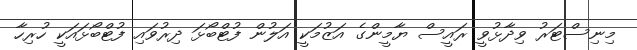
މިނިސްޓަރު ވިދާޅުވީ ރައީސް ޔާމީންގެ އަޒުމަކީ އަލުން ފުޓްބޯޅަ ދިރުވައި ފުޓްބޯޅައަކީ ހުރިހާ